Civil Veterinary Dept. Bombay admin report 1923-31 - 1923-1931
Year: 1923
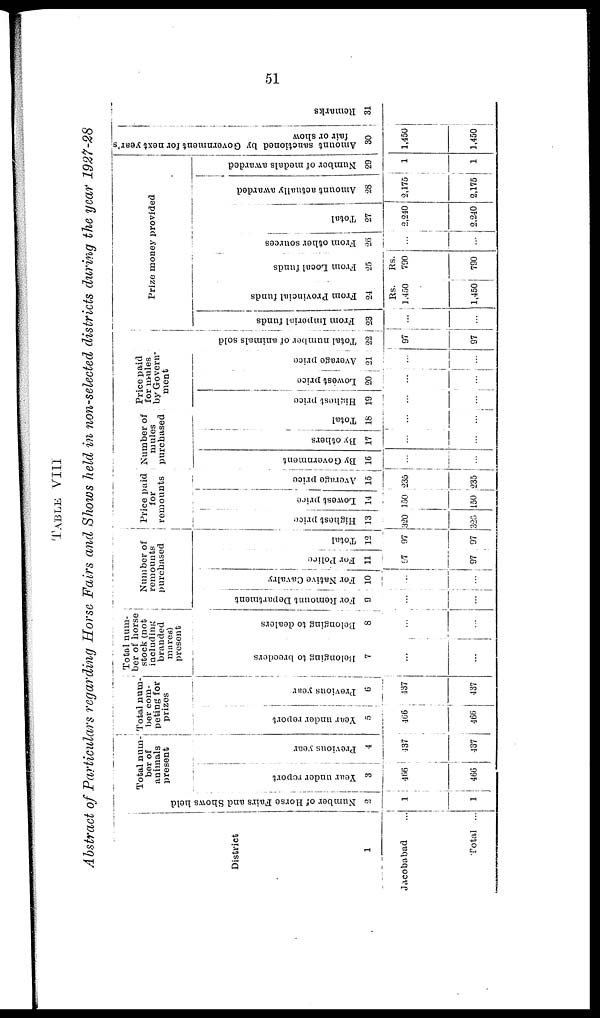
51
TABLE VIII
Abstract of Particulars regarding Horse Fairs and Shows held in non-selected districts during the year 1927-28
District
1
Jacobabad ...
Total ...
Number of Horse Fairs and Shows held
2
1
1
Total num-
ber of
animals
present
Year under report
3
466
466
Previous year
4
137
437
Total num-
ber com-
peting for
prizes
Year under report
5
466
466
Previous your
6
137
437
Total num-
ber of horse
stock (not
including
branded
mares)
present
Belonging to breeders
7
...
...
Belonging to dealers
8
...
...
Number of
romounts
purchased
For Remount Department
9
...
...
For Native Cavalry
10
...
...
For Police
11
97
97
Total
12
97
97
Price paid
for
remounts
Highest price
13
320
Lowest price
14
150
130
Average price
15
235
235
Number of
mules
purchased
By Government
16
...
...
By others
17
...
...
Total
16
...
...
Price paid
for mules
by Govern-
ment
Hi ghe s t price
19
...
...
Lowe s t price
20
...
...
Ave r
a ge price
21
Tot al number of animals sold
22
97
97
Prize money provided
From Imperial funds
23
...
...
From Provincial funds
24
Rs.
1,450
1,450
From Local funds
25
Rs.
790
790
From other sources
26
...
Total
27
2,210
2.240
Amount actually awarded
28
2.175
2.175
Number of medals awarded
29
1
1
Amount sanctioned by Government for next year's
fair or show
30
1,450
1,450
Remarks
31